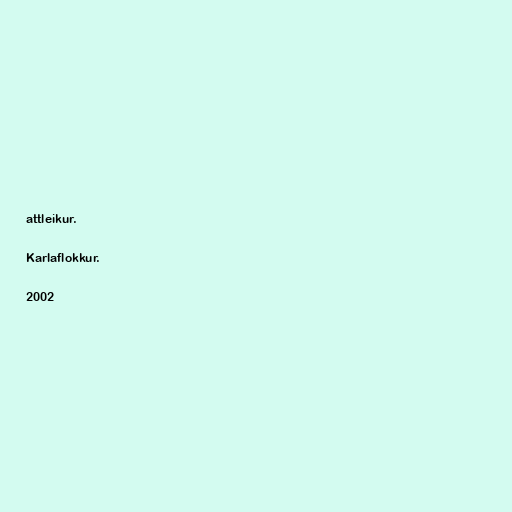
attleikur.

Karlaflokkur.

2002